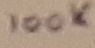
Text: 100K